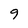
Character: 9